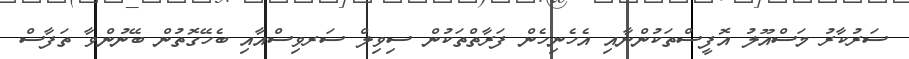
ސަރުކާރު މަސްއޫލު އޮފީސްތަކުންނާއި އެހެނިހެން ފަރާތްތަކުން ސިވިލް ސަރވިސްއާއި ބެހޭގޮތުން ބޭނުންވާ ތަފާސް